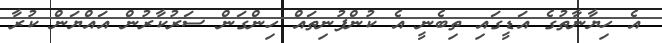
އެ ހިޔާނާތުގެ އަޑީގައި ތިބެނީ އެ ކުންފުނިތައް ހިންގަން ސަރުކާރުން އައްޔަން ކުރާ